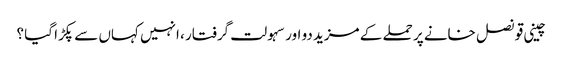
چینی قونصل خانے پر حملے کے مزید دو اور سہولت گرفتار ، انہیں کہاں سے پکڑا گیا ؟